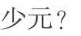
少元？